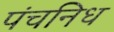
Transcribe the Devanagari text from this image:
पंचनिध